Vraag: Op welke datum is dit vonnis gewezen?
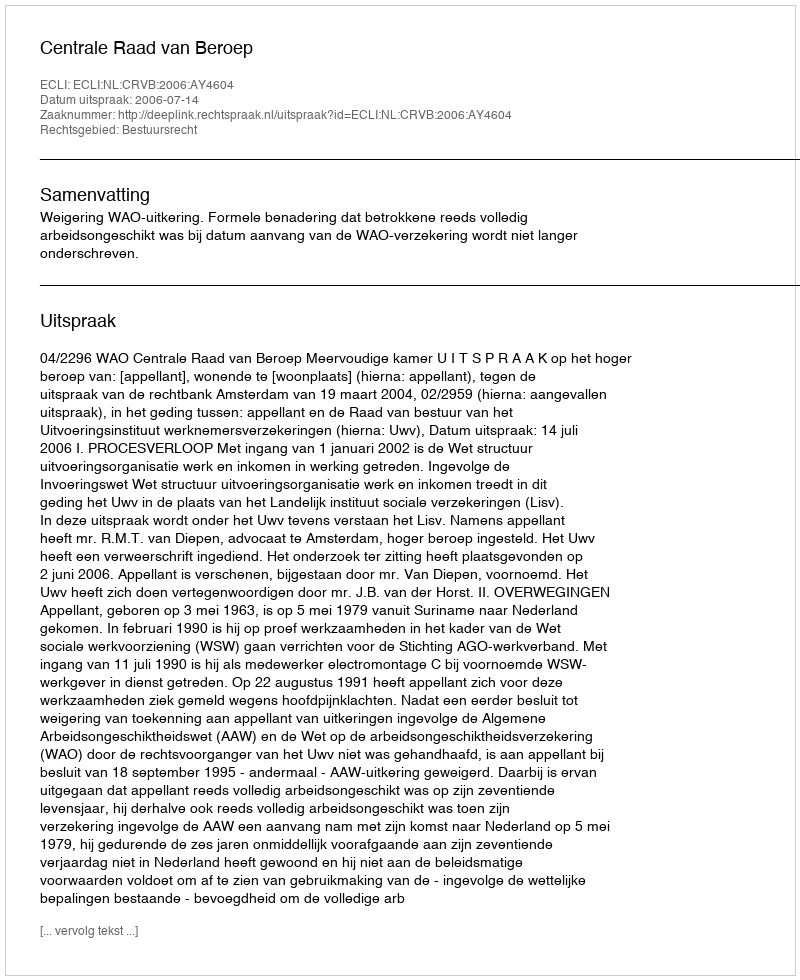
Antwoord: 2006-07-14